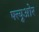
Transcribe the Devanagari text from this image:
फ्त्यूओर